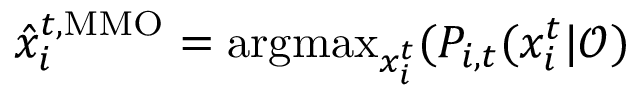
\hat { x } _ { i } ^ { t , \mathrm { M M O } } = \mathrm { a r g m a x } _ { x _ { i } ^ { t } } ( P _ { i , t } ( x _ { i } ^ { t } | \mathcal { O } )